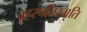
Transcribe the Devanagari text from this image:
वृहस्पतिस्मृति